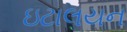
ઇટાલયન